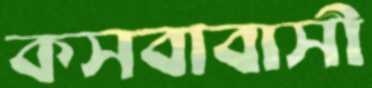
কসবাবাসী